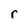
Character: r